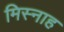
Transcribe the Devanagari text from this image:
मिस्नाह